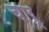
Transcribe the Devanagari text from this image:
चार्